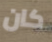
كان